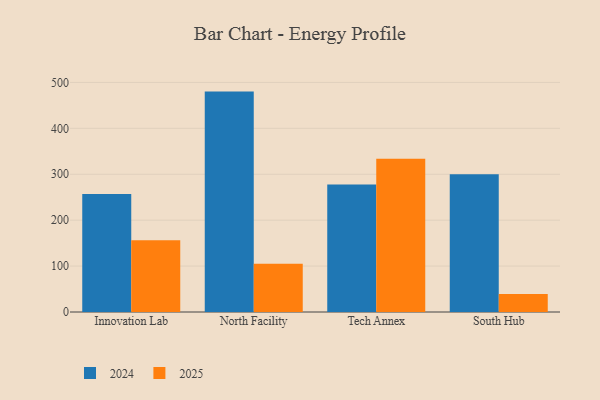
{"axis": {"x": "Campus", "y": "Population (Million)"}, "legend": ["2024", "2025"], "data": [{"x": "Innovation Lab", "y": 257.2, "type": "2024"}, {"x": "Innovation Lab", "y": 156.1, "type": "2025"}, {"x": "North Facility", "y": 480.0, "type": "2024"}, {"x": "North Facility", "y": 105.1, "type": "2025"}, {"x": "Tech Annex", "y": 277.6, "type": "2024"}, {"x": "Tech Annex", "y": 333.8, "type": "2025"}, {"x": "South Hub", "y": 300.0, "type": "2024"}, {"x": "South Hub", "y": 39.4, "type": "2025"}]}